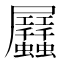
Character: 𧖏